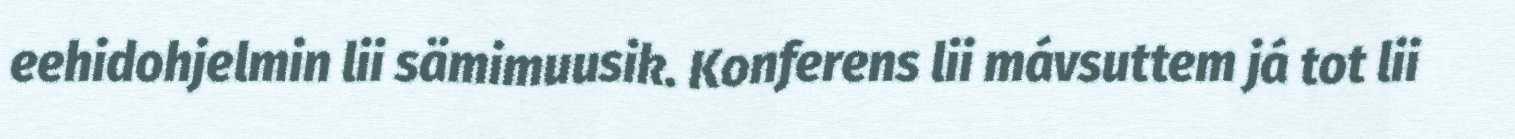
eehidohjelmin lii sämimuusik. Konferens lii mávsuttem já tot lii